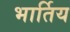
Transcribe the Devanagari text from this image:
भार्तिय